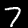
Digit: 7